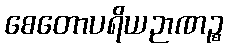
စေတောပရိယဉာဏဉ္စ